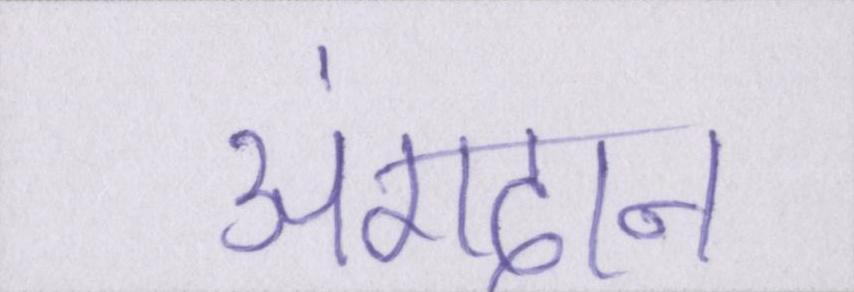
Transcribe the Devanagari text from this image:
अंगदान